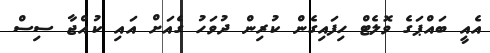
އެއީ ބައްޕަގެ ވޮލެޓް ހިފައިގެން ކުރިން ދުވަހު ގެއަށް އައި ކުއްޖާ ސިސް